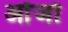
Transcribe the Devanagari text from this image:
ओंजो